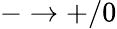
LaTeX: -\rightarrow+/0